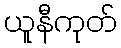
ယူနီကုတ်